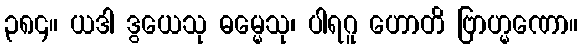
၃၈၄။ ယဒါ ဒွယေသု ဓမ္မေသု၊ ပါရဂူ ဟောတိ ဗြာဟ္မဏော။